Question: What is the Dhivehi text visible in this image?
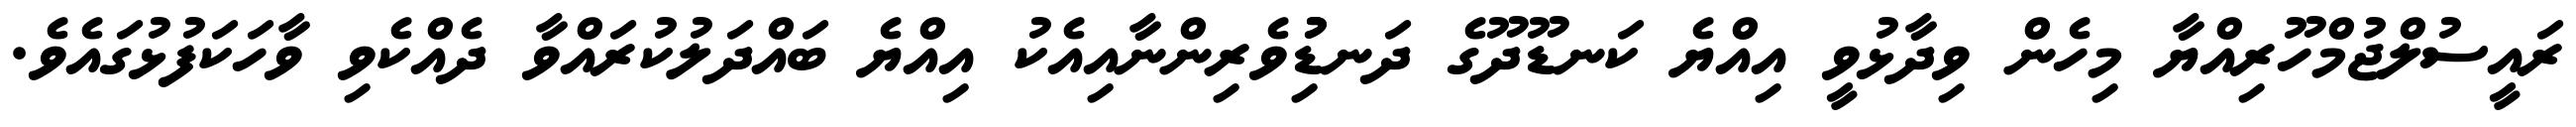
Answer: ރައީސުލްޖުމްހޫރިއްޔާ މިހެން ވިދާޅުވީ އިއްޔެ ކަނޑޫދޫގެ ދަނޑުިުވެރިންނާއިއެކު އިއްޔެ ބައްދަލުކުރައްވާ ދެއްކެވި ވާހަކަފުޅުގައެވެ.